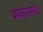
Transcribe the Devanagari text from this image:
भग्वानस्था